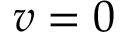
v = 0